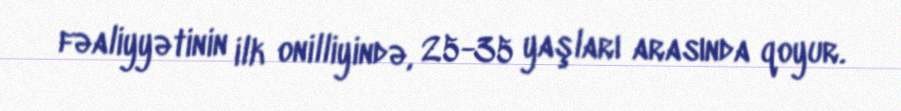
fəaliyyətinin ilk onilliyində, 25-35 yaşları arasında qoyur.